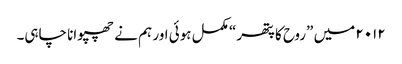
۲۰۱۲ میں ”روح کا پتھر“ مکمل ہوئی اور ہم نے چھپوانا چاہی۔